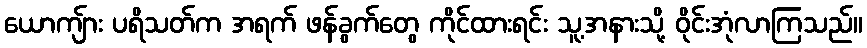
ယောကျ်ား ပရိသတ်က အရက် ဖန်ခွက်တွေ ကိုင်ထားရင်း သူ့အနားသို့ ဝိုင်းအုံလာကြသည်။